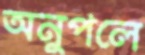
অনুপলে